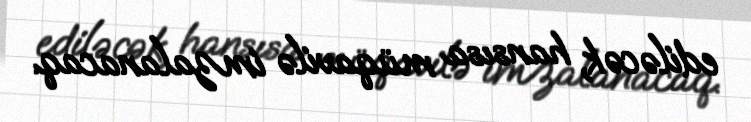
ediləcək, hansısa müqavilə imzalanacaq.